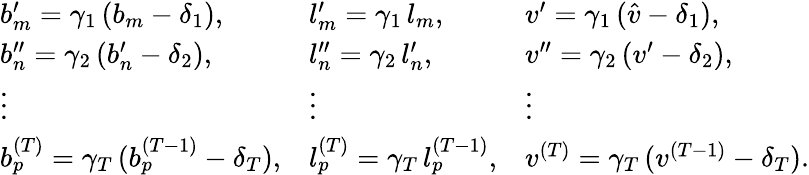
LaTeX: \begin{array}{lll}{{b}_{m}^{\prime}=\gamma_{1}\, (b_{m}-\delta_{1}),}&{{l}_{m}^{\prime}=\gamma_{1}\, l_{m},}&{{v}^{\prime}=\gamma_{1}\, (\hat{v}-\delta_{1}),}\\ {{b}_{n}^{\prime\prime}=\gamma_{2}\, ({b}_{n}^{\prime}-\delta_{2}),}&{{l}_{n}^{\prime\prime}=\gamma_{2}\, {l}_{n}^{\prime},}&{{v}^{\prime\prime}=\gamma_{2}\, ({v}^{\prime}-\delta_{2}),}\\ {\vdots}&{\vdots}&{\vdots}\\ {b_{p}^{(T)}=\gamma_{T}\, (b_{p}^{(T-1)}-\delta_{T}),}&{l_{p}^{(T)}=\gamma_{T}\, l_{p}^{(T-1)},}&{v^{(T)}=\gamma_{T}\, (v^{(T-1)}-\delta_{T}).}\end{array}